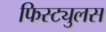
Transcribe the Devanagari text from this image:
फिस्ट्युलस